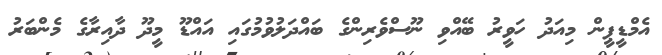
އެމްޑީޕީން މިއަދު ހަވީރު ބޭއްވި ނޫސްވެރިންގެ ބައްދަލުވުމުގައި އައްޑޫ މީދޫ ދާއިރާގެ މެންބަރު